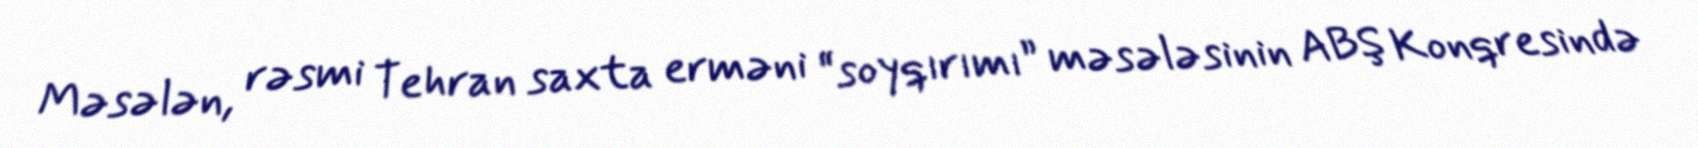
Məsələn, rəsmi Tehran saxta erməni “soyqırımı” məsələsinin ABŞ Konqresində